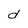
Character: d